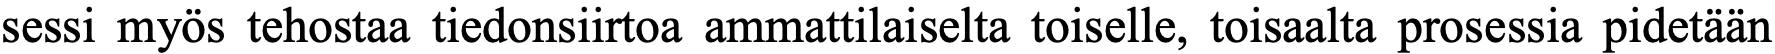
sessi myös tehostaa tiedonsiirtoa ammattilaiselta toiselle, toisaalta prosessia pidetään